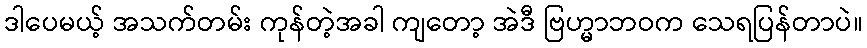
ဒါပေမယ့် အသက်တမ်း ကုန်တဲ့အခါ ကျတော့ အဲဒီ ဗြဟ္မာဘဝက သေရပြန်တာပဲ။